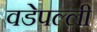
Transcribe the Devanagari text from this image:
वडेपल्‍ली